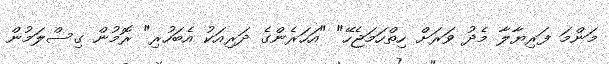
މަންމަ ފަރިޔާލާ މެދު ވަރަށް ހިތްހަމަޖެހޭ" "އަހަރެންގެ ދަރިއަކު އެބަހުރި" ރޮމުން ގިސްލަމުން